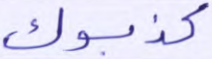
كذبوك